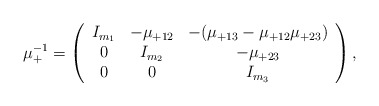
\begin{align*}\mu_+^{-1} = \left( \begin{array}{ccc}I_{m_1} & - \mu_{+12} & - (\mu_{+13} - \mu_{+12} \mu_{+23}) \\0 & I_{m_2} & -\mu_{+23} \\0 & 0 & I_{m_3}\end{array} \right),\end{align*}